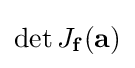
\det J_{\mathbf {f} }(\mathbf {a} )